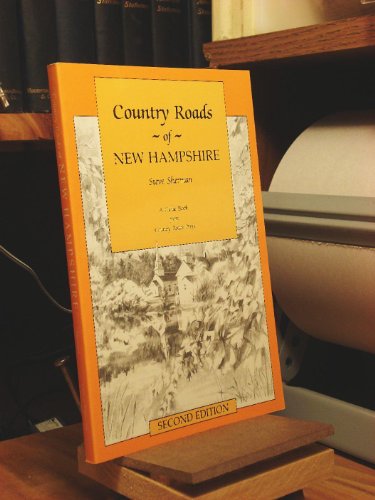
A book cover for Country Roads of New Hampshire; Steve Sherman; Travel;